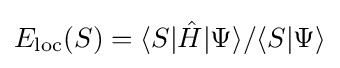
E_{\mathrm {loc} }(S)=\langle S|{\hat {H}}|\Psi \rangle /\langle S|\Psi \rangle